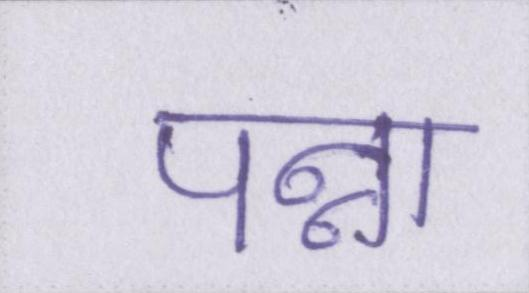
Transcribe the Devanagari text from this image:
पन्ना